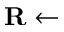
\mathbf R \gets